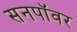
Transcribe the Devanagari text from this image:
सनपॉवर